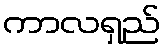
ကာလရှည်